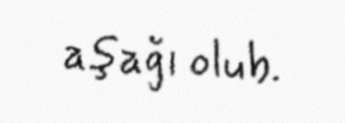
aşağı olub.